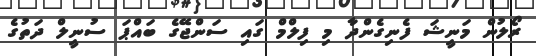
ރޯލުން މަނީޝަ ފެނިގެންދާ މި ފިލްމް ގައި ސަންޖޭގެ ބައްޕަ ސުނީލް ދަތުގެ